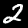
Label: 2